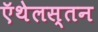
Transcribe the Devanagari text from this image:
ऍथेलस्तन